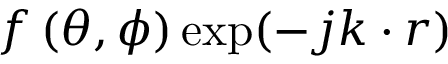
\boldsymbol { f } \left( \theta , \phi \right) \exp ( { - j \boldsymbol { k } \cdot \boldsymbol { r } } )